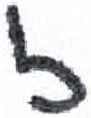
אות: ז